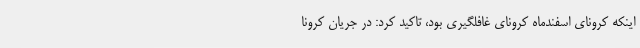
اینکه کرونای اسفندماه کرونای غافلگیری بود، تاکید کرد: در جریان کرونا